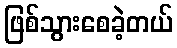
ဖြစ်သွားစေခဲ့တယ်